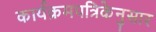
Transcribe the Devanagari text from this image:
कार्यक्रमपत्रिकेनुसार